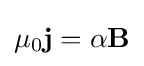
\mu _{0}\mathbf {j} =\alpha \mathbf {B}